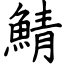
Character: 鯖